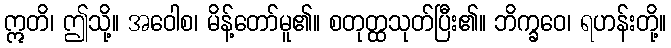
ဣတိ၊ ဤသို့။ အဝေါစ၊ မိန့်တော်မူ၏။ စတုတ္ထသုတ်ပြီး၏။ ဘိက္ခဝေ၊ ရဟန်းတို့။